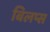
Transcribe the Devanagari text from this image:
बिलप्स